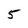
Character: 5